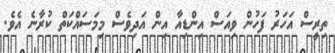
ތިރީސް އަހަރު ފަހުން ވިއަސް އިންޑިއާ އިން އަދިވެސް މިމަސައްކަތް ކުރާނެ އެވެ.